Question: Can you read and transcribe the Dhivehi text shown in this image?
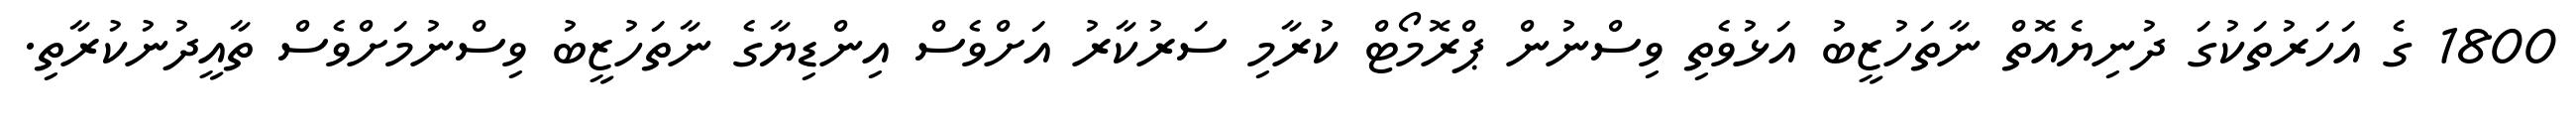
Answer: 1800 ގެ އަހަރުތަކުގަ ދުނިޔެއޮތް ނާތަހުޒީބު އަޅުވެތި ވިސްނުން ޕްރޮމޯޓް ކުރާމި ސަރުކާރު އަށްވެސް އިންޑިޔާގެ ނާތަހުޒީބު ވިސްނުމަށްވެސް ތާއީދުނުކުރާތި.